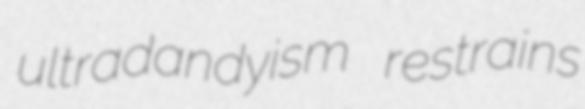
ultradandyism restrains